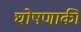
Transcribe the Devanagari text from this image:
घोषणाकी